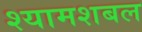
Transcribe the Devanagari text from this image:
श्यामशबल